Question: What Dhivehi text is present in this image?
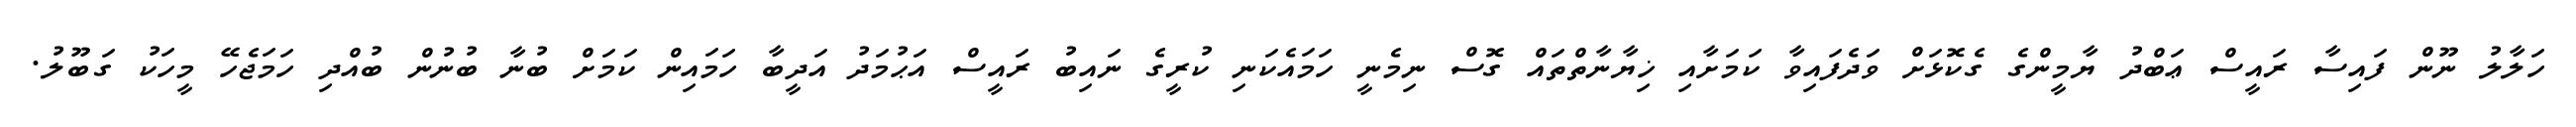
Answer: ހަލާލު ނޫން ފައިސާ ރައީސް ޢަބްދު ޔާމީންގެ ގެކޮޅަށް ވަދެފައިވާ ކަމަށާއި ޚިޔާނާތްތައް ގޮސް ނިމެނީ ހަމައެކަނި ކުރީގެ ނައިބު ރައީސް އަޙުމަދު އަދީބާ ހަމައިން ކަމަށް ބުނާ ބުނުން ބުއްދި ހަމަޖެހޭ މީހަކު ގަބޫލު.